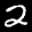
Label: 2